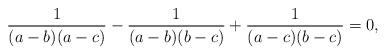
LaTeX: \begin{gather*}{1 \over (a-b)(a-c)}-{1 \over (a-b)(b-c)}+{1 \over (a-c)(b-c)}=0,\end{gather*}